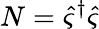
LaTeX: N=\hat{\varsigma}^{\dagger}\hat{\varsigma}